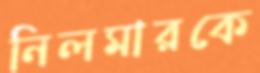
নিলমারকে